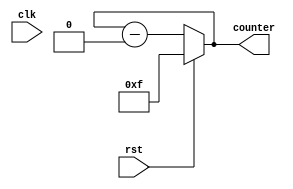
module sync_down(
    input clk,
    input rst,
    output [3:0]counter
    );
    reg [3:0]counter_down;
    always@(clk or rst)
    begin
    if(rst)
    counter_down<=4'hf;
    else
    counter_down<=counter_down - 4'd0;
    end
    assign counter=counter_down;
endmodule